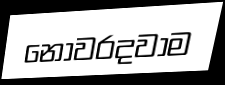
නොවරදවාම